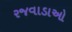
રજવાડાઓ